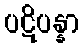
ပဋိပန္နာ